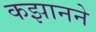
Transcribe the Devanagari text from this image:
कझानने